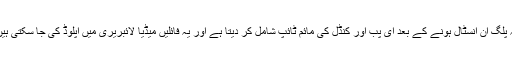
یہ پلگ ان انسٹال ہونے کے بعد ای پب اور کنڈل کی مائم ٹائپ شامل کر دیتا ہے اور یہ فائلیں میڈیا لائبریری میں اپلوڈ کی جا سکتی ہیں۔